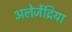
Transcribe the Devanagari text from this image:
अलेजेंद्रिया